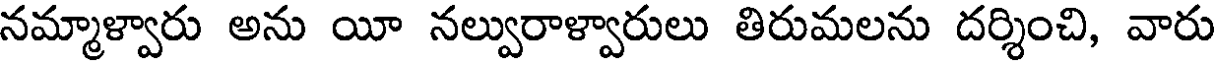
నమ్మాళ్వారు అను యీ నల్వురాళ్వారులు తిరుమలను దర్శించి, వారు